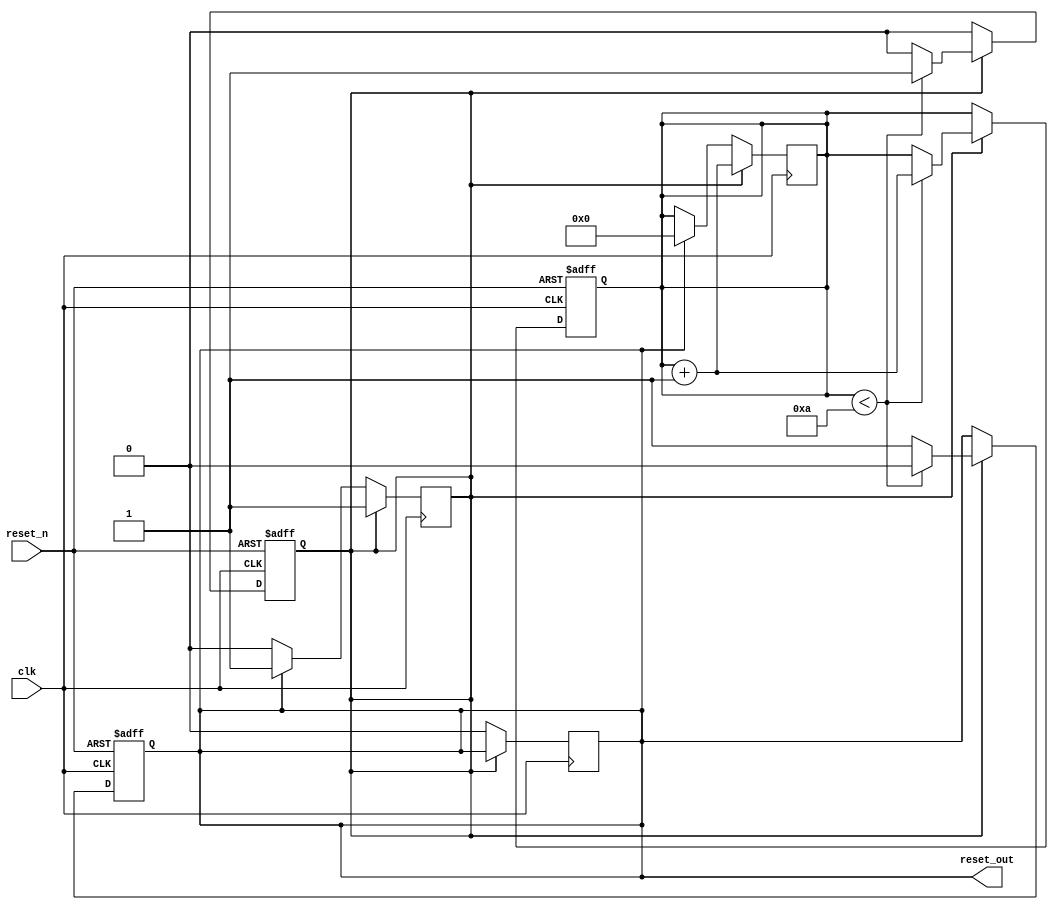
module PowerOnReset #(
    parameter RESET_DURATION = 10 // Configurable duration for reset in clock cycles
)(
    input wire clk,
    input wire reset_n,
    output reg reset_out
);

    // State declaration
    reg [3:0] counter; // Counter variable to track reset duration
    reg initializing;  // Flag to indicate initialization state

    // Initial block for simulation purposes
    initial begin
        reset_out = 1'b1; // Start in non-reset state
        counter = 0;
        initializing = 1'b1; // Start with initializing state
    end

    // Always block for synchronous logic
    always @(posedge clk or negedge reset_n) begin
        if (!reset_n) begin
            // Active-low reset condition
            reset_out <= 1'b0; // Drive reset_out low
            counter <= 0;      // Reset counter
            initializing <= 1'b0; // In case of manual reset, clear initializing state
        end else if (initializing) begin
            // Check if we're initializing
            if (counter < RESET_DURATION) begin
                reset_out <= 1'b0; // Keep reset_out low during initialization
                counter <= counter + 1; // Increment the counter
            end else begin
                reset_out <= 1'b1; // Transition to normal operation
                initializing <= 1'b0; // Exit initializing state
            end
        end
    end

    // Synchronize counter and initializing state on power-up
    always @(posedge clk) begin
        if (initializing) begin
            // Start the initialization process
            counter <= counter + 1;
        end else if (reset_out != 1'b0) begin
            // Start initialization after power-up
            initializing <= 1'b1;
            counter <= 0; // Restart counter
            reset_out <= 1'b0; // Set reset_out to low
        end
    end

endmodule